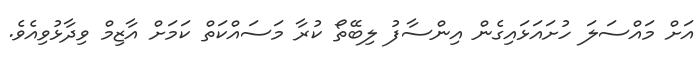
އަށް މައްސަލަ ހުށައަޅައިގެން އިންސާފު ލިބޭތޯ ކުރާ މަސައްކަތް ކަމަށް އާޒިމް ވިދާޅުވިއެވެ.